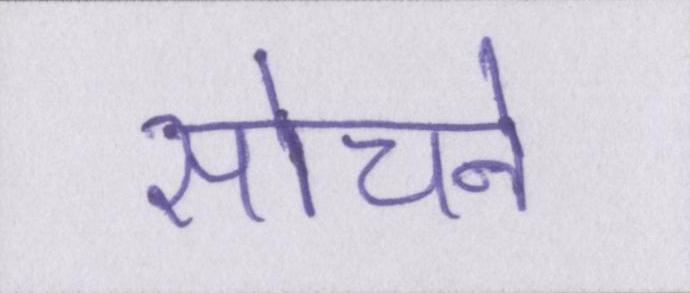
सोचने